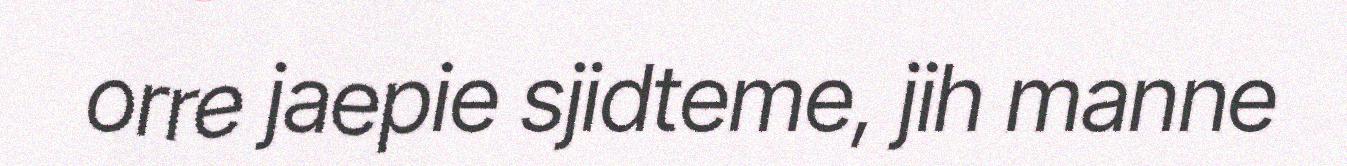
orre jaepie sjidteme, jih manne